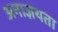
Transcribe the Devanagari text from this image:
अनाज्ञयता